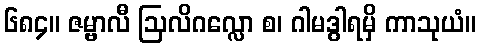
၆၈၄။ ဇမ္ဗာလီ ဩလိဂလ္လော စ၊ ဂါမဒွါရမှိ ကာသုယံ။